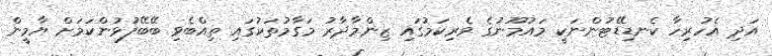
އަދި އެހުރިހާ ކެނޑިޑޭޓުންނަކީ މައުމޫނުގެ ވެރިކަމުގައި ޒިންމާދާރު މަގާމުތަކުގައި ތިއްބެވި ބޭބޭފުޅުންކަމަށް ޔާމީން